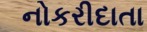
નોકરીદાતા